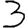
Digit: 3